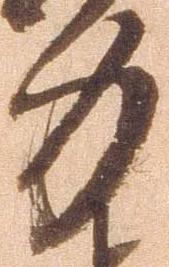
力